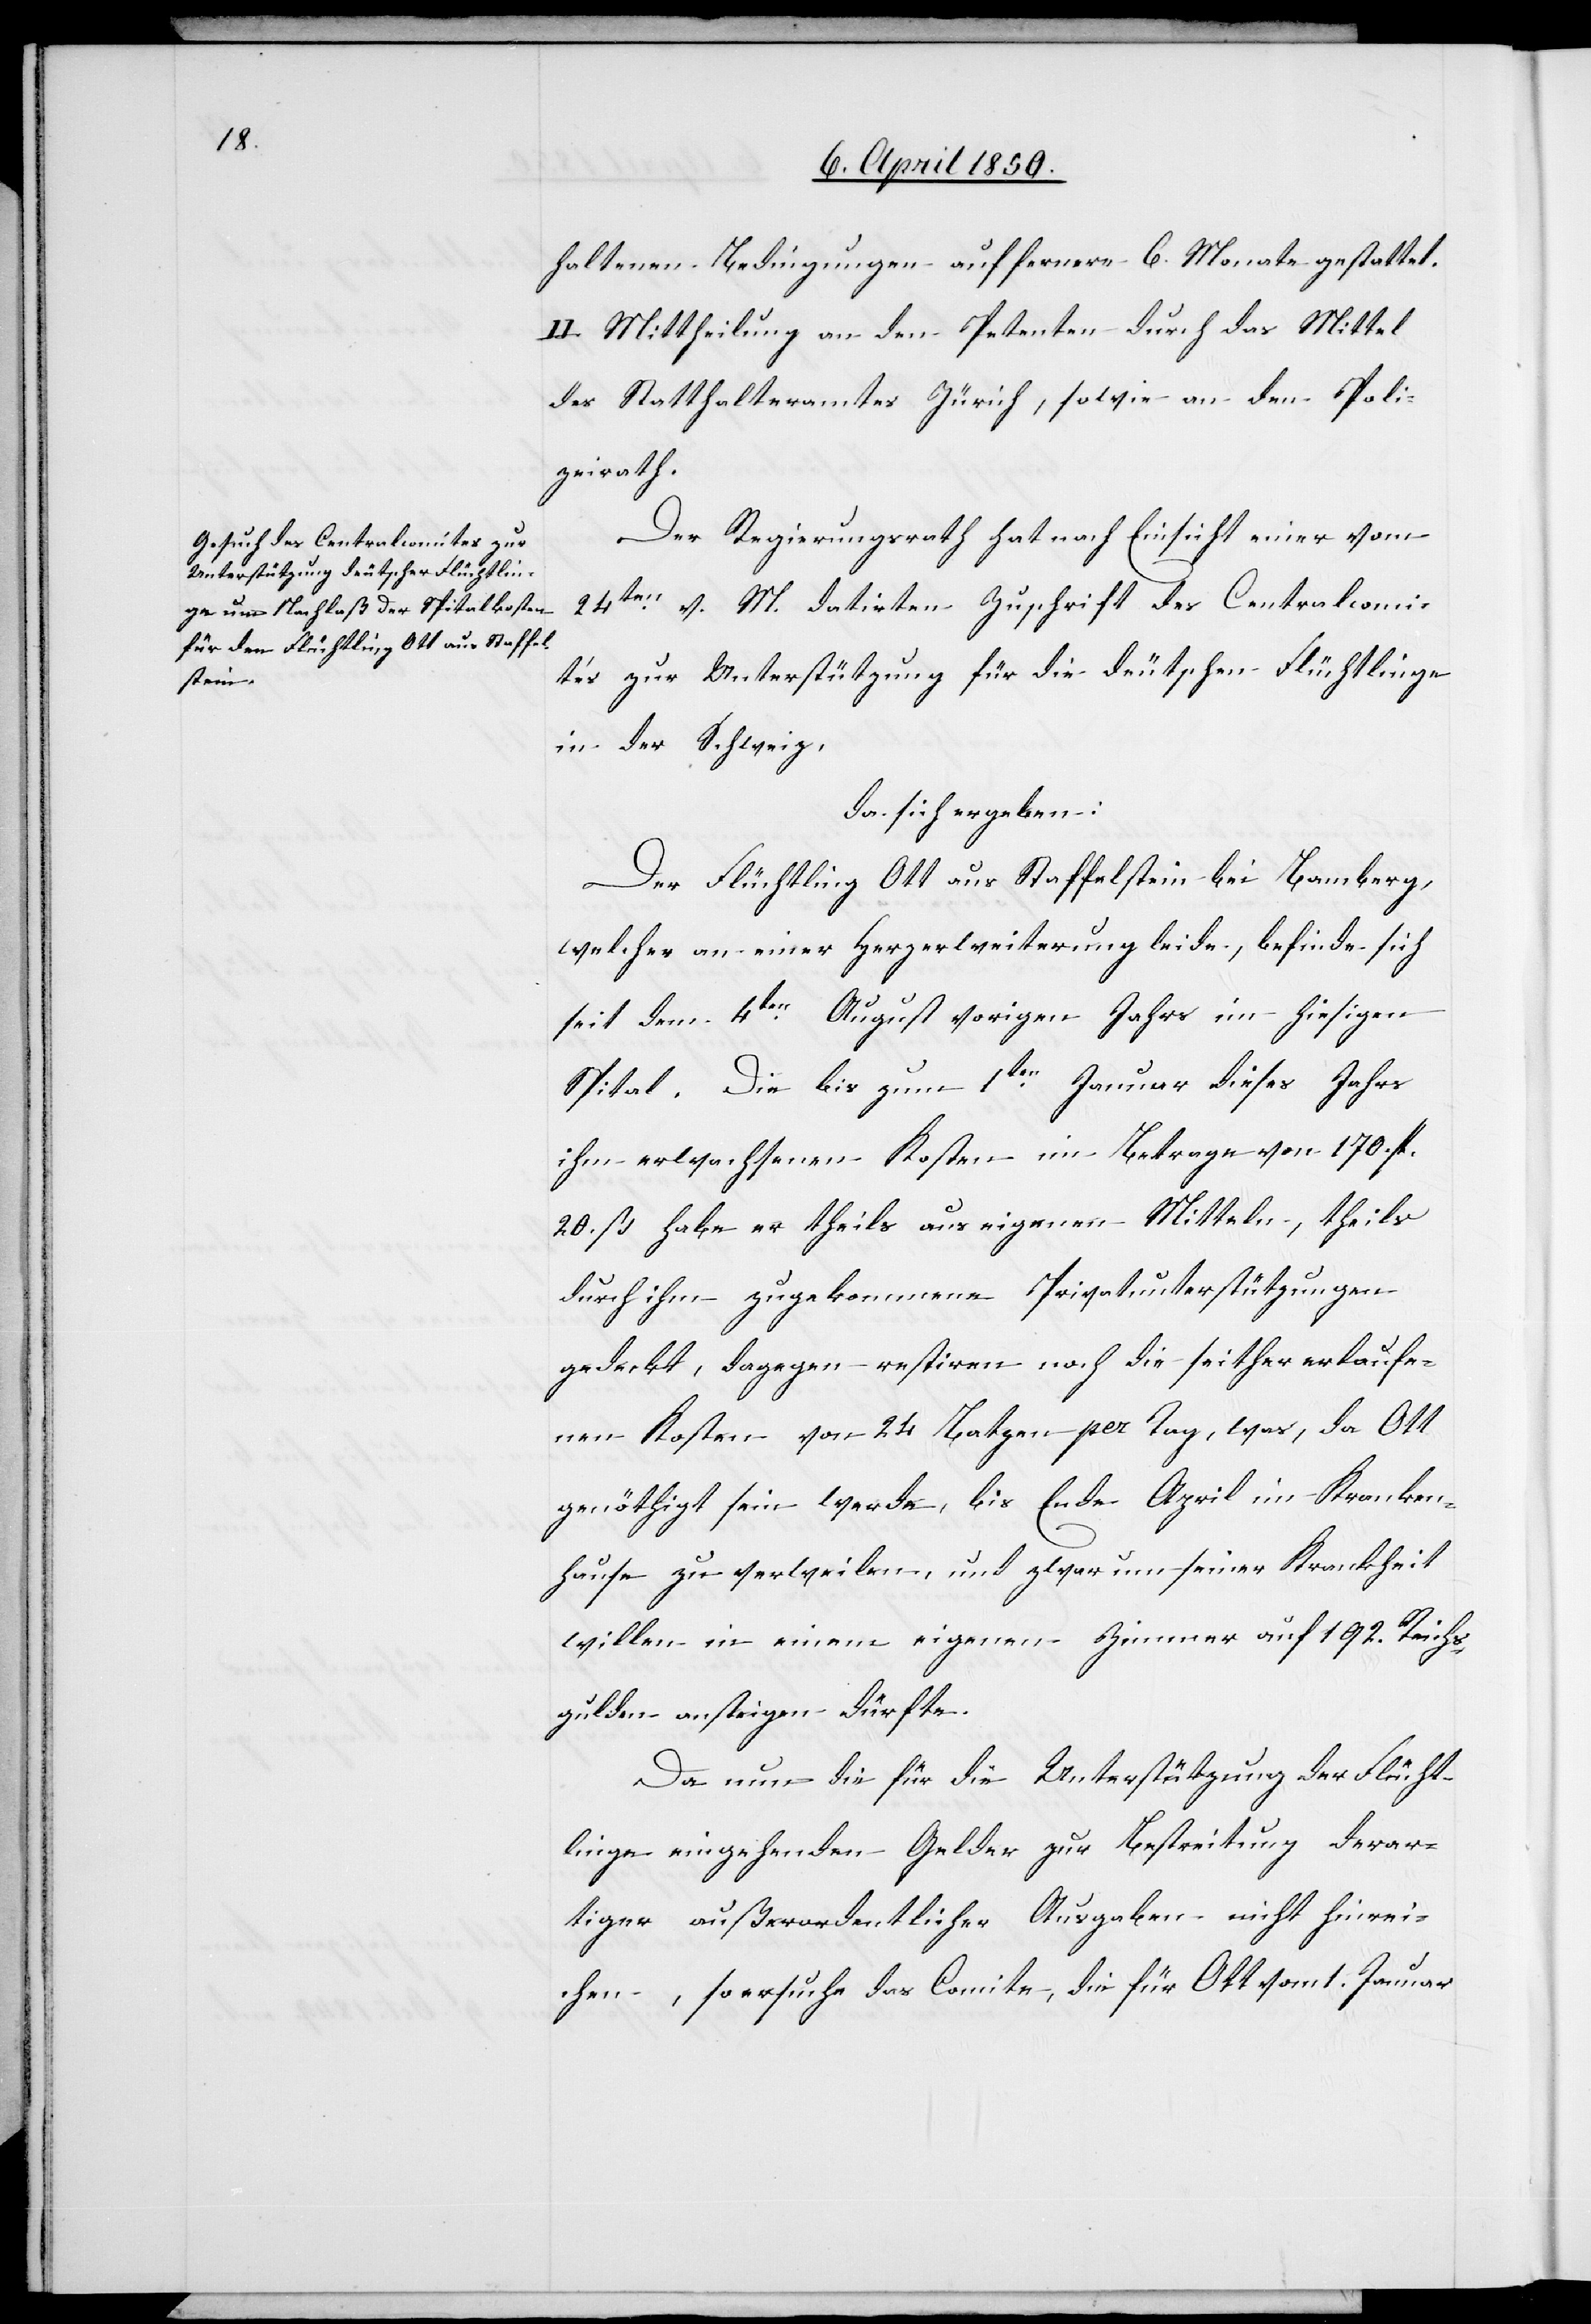
haltenen Bedingungen auf fernere 6. Monate gestattet.
II. Mittheilung an den Petenten durch das Mittel
des Statthalteramtes Zürich, sowie an den Poli¬
zeirath.
Der Regierungsrath hat nach Einsicht einer vom
24ten v. M. datirten Zuschrift des Centralcomi¬
tés zur Unterstützung für die deutschen Flüchtlinge
in der Schweiz,
da sich ergeben:
Der Flüchtling Ott aus Staffelstein bei Bamberg,
welcher an einer Herzerweiterung leide, befinde sich
seit dem 4ten August vorigen Jahrs im hiesigen
Spital. Die bis zum 1ten Januar dieses Jahrs
ihm erwachsenen Kosten im Betrage von 170. fl.
20. ß habe er theils aus eigenen Mitteln, theils
durch ihm zugekommene Privatunterstützungen
gedeckt, dagegen restiren noch die seither erlaufe¬
nen Kosten von 24 Batzen per Tag, was, da Ott
genöthigt sein werde, bis Ende April im Kranken¬
hause zu verweilen, und zwar um seiner Krankheit
willen in einem eigenen Zimmer auf 192. Reichs¬
gulden ansteigen dürfte.
Da nun die für die Unterstützung der Flücht¬
linge eingehenden Gelder zur Bestreitung derar¬
tiger außerordentlicher Ausgaben nicht hinrei¬
chen, so ersuche das Comite, die für Ott vom 1. Januar